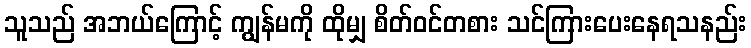
သူသည် အဘယ်ကြောင့် ကျွန်မကို ထိုမျှ စိတ်ဝင်တစား သင်ကြားပေးနေရသနည်း